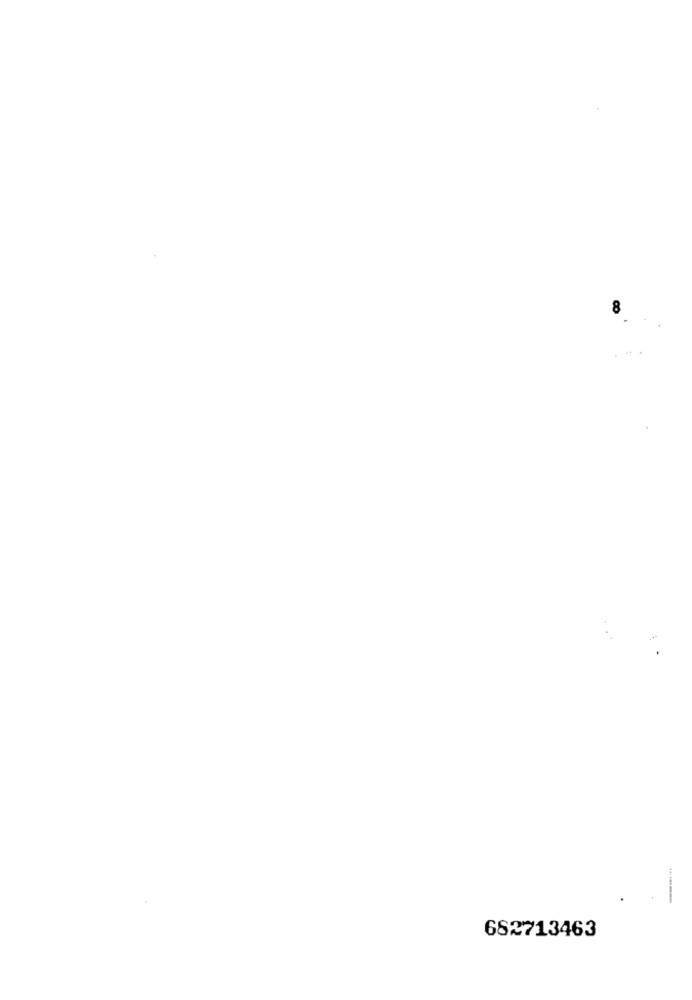
8
682713463